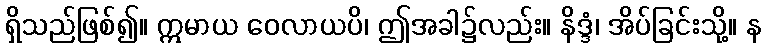
ရှိသည်ဖြစ်၍။ ဣမာယ ဝေလာယပိ၊ ဤအခါ၌လည်း။ နိဒ္ဒံ၊ အိပ်ခြင်းသို့။ န